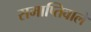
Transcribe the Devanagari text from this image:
समाप्तिवाले